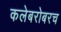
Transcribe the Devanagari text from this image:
कलेबरोबरच